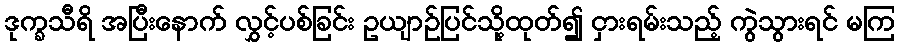
ဒုက္ခသီရိ အပြီးနောက် လွှင့်ပစ်ခြင်း ဥယျာဉ်ပြင်သို့ထုတ်၍ ငှားရမ်းသည့် ကွဲသွားရင် မကြ